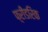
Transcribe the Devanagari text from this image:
फ़्रीडरिक